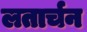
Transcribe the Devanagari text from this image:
लतार्चन